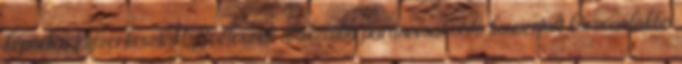
képnek a Szerkesztés Beillesztés alakzatba paranccsal való konvertált körvonalakba